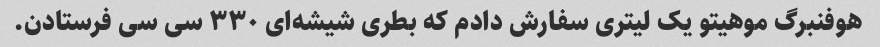
هوفنبرگ موهیتو یک لیتری سفارش دادم که بطری شیشه‌ای ۳۳۰ سی سی فرستادن.